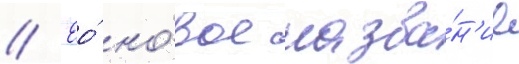
// Ео́ но́вое назва́н'ие